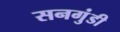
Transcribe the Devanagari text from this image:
सनगुंडी